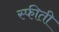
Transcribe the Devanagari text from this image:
स्फीती